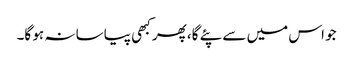
جو اس میں سے پئے گا، پھر کبھی پیاسا نہ ہو گا۔